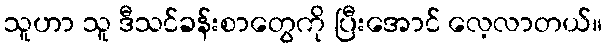
သူဟာ သူ ဒီသင်ခန်းစာတွေကို ပြီးအောင် လေ့လာတယ်။